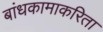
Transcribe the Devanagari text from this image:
बांधकामाकरिता